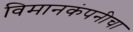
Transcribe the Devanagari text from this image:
विमानकंपनीचा